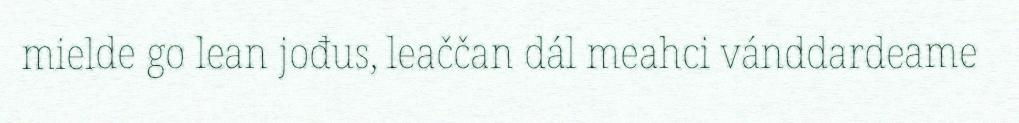
mielde go lean jođus, leaččan dál meahci vánddardeame